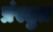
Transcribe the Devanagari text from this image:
प्रंस्तुत